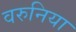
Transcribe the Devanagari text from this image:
वरुनिया